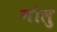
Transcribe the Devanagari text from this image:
गोलु